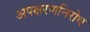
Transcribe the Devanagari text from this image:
अपक्षरणनिरोध